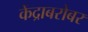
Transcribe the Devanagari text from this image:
केंद्राबरोबर